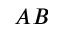
A B